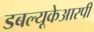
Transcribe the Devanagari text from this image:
डबल्यूकेआरपी